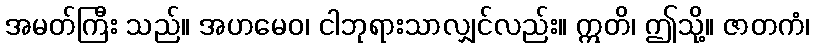
အမတ်ကြီး သည်။ အဟမေဝ၊ ငါဘုရားသာလျှင်လည်း။ ဣတိ၊ ဤသို့။ ဇာတကံ၊